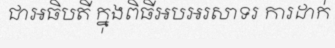
ជាអធិបតី ក្នុងពិធីអបអរសាទរ ការដាក់